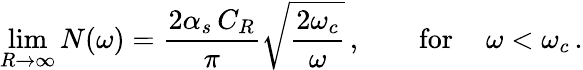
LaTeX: \operatorname*{lim}_{R\to\infty}N(\omega)=\frac{2\alpha_{s}\, C_{R}}{\pi}\sqrt{\frac{2\omega_{c}}{\omega}}\, ,\qquad\mathrm{for}\, \quad\omega<\omega_{c}\, .